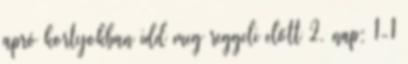
apró kortyokban idd meg reggeli előtt 2. nap: 1-1